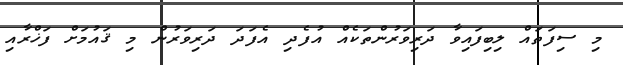
މި ސިފަތައް ލިބިފައިވާ ދަރިވަރުންތަކެއް އުފެދި އެފަދަ ދަރިވަރުން މި ޤައުމަށް ފަޚްރާއި